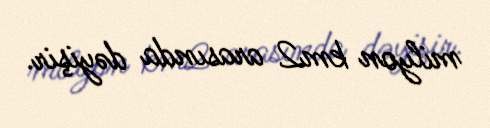
milyon km2 arasında dəyişir.